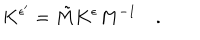
K ^ { \epsilon ^ { \prime } } = \tilde { M } K ^ { \epsilon } M ^ { - 1 } \quad .